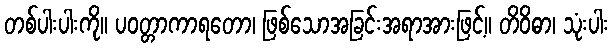
တစ်ပါးပါးကို။ ပဝတ္တာကာရတော၊ ဖြစ်သောအခြင်းအရာအားဖြင့်။ တိဝိဓာ၊ သုံးပါး